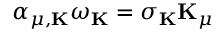
\alpha _ { \mu , { \bf K } } \omega _ { \bf K } = \sigma _ { \bf K } { \bf K } _ { \mu }